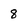
Character: 8